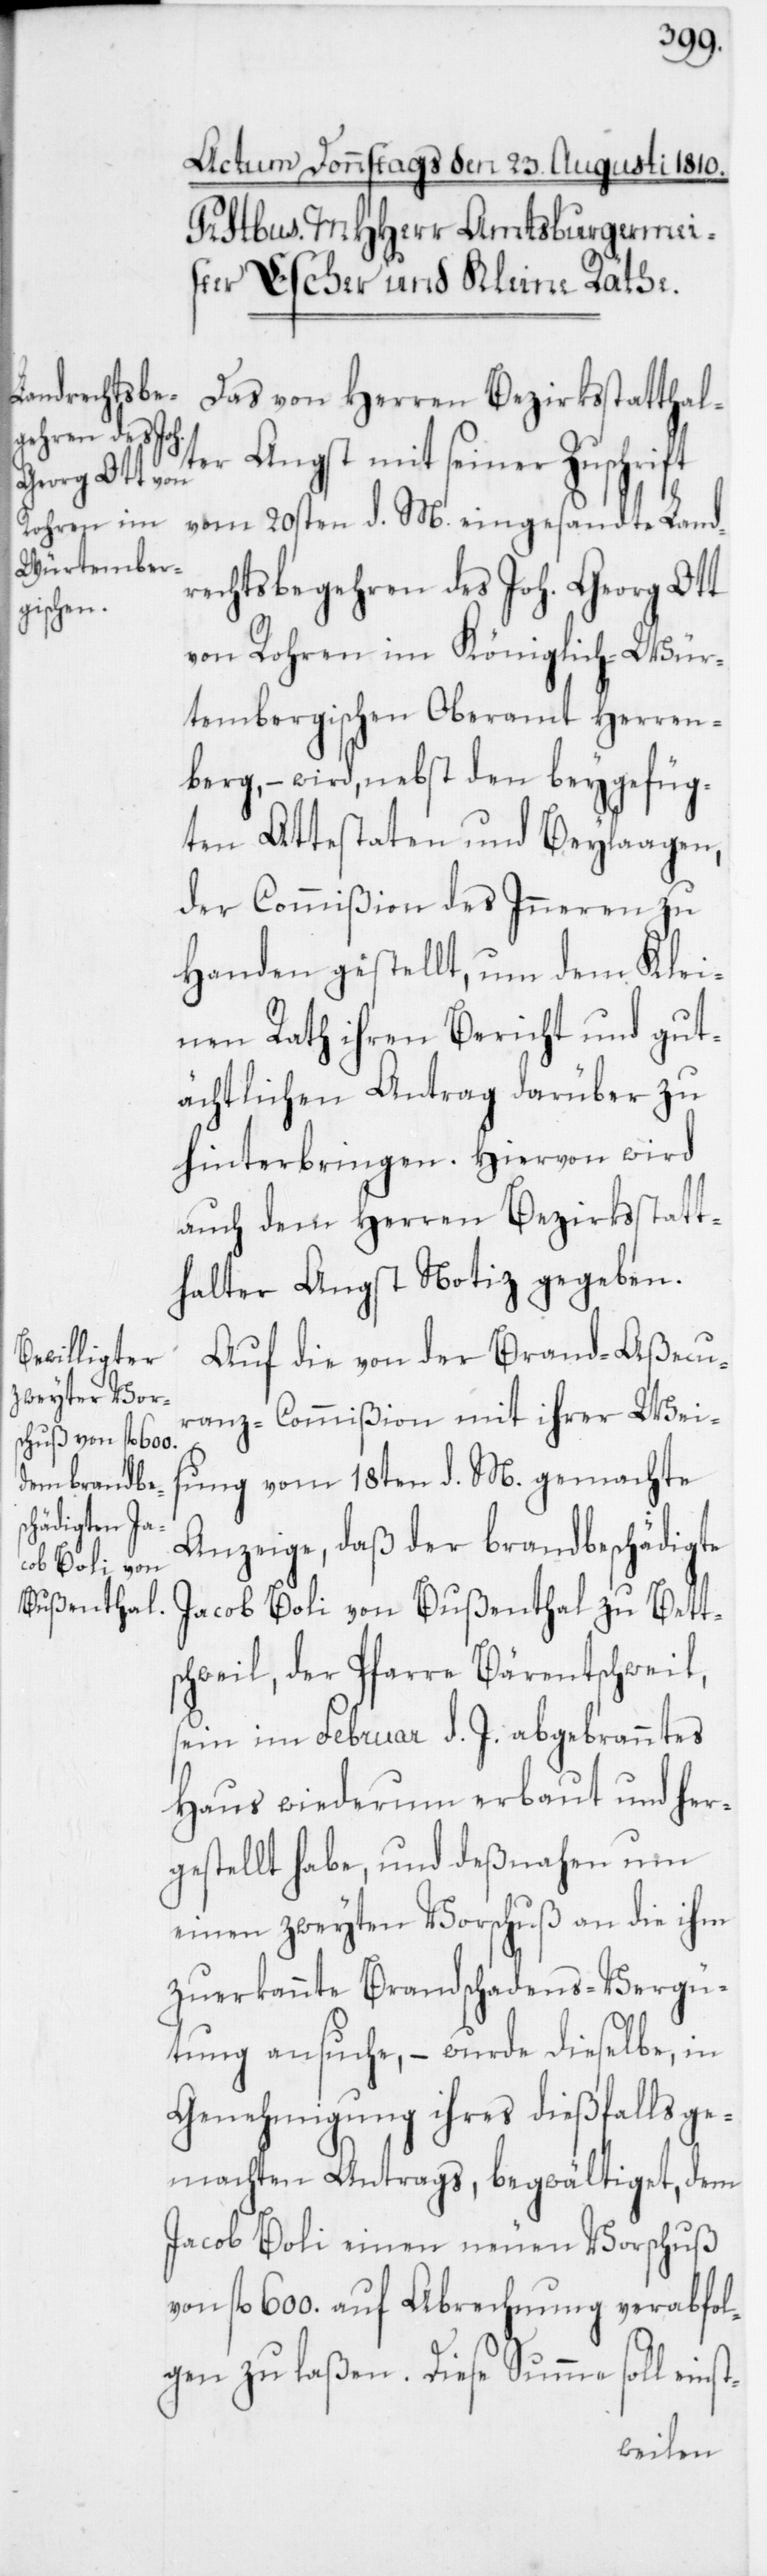
Das von Herren Bezirksstatthal¬
ter Angst mit seiner Zuschrift
vom 20sten d. M. eingesandte Land¬
rechtsbegehren des Joh. Georg Ott
von Rohren im Königlich-Wür¬
tembergischen Oberamt Herren¬
berg, – wird, nebst den beygefüg¬
ten Attestaten und Beylaagen,
der Commißion des Inneren zu
Handen gestellt, um dem Klei¬
nen Rath ihren Bericht und gut¬
ächtlichen Antrag darüber zu
hinterbringen. Hiervon wird
auch dem Herren Bezirksstatt¬
halter Angst Notiz gegeben.
Auf die von der Brand-Aßecu¬
ranz-Commißion mit ihrer Weis¬
ung vom 18ten d. M. gemachte
Anzeige, daß der brandbeschädigte
Jacob Boli von Bußenthal zu Betts¬
chweil, der Pfarre Bärentschweil,
sein im Februar d. J. abgebranntes
Haus wiederum erbaut und her¬
gestellt habe, und deßnahen um
einen zweyten Vorschuß an die ihm
zuerkannte Brandschadens-Vergü¬
tung ansuche, – wurde dieselbe, in
Genehmigung ihres dießfalls ge¬
machten Antrags, begwältiget, dem
Jacob Boli einen neuen Vorschuß
von fl. 600. auf Abrechnung verabfol¬
gen zu laßen. Diese Summe soll einst-